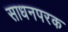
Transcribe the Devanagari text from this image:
साधनपरक